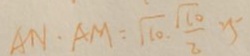
A N \cdot A M = \sqrt { 1 0 } \cdot \frac { \sqrt { 1 0 } } { 2 } 2 5